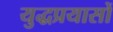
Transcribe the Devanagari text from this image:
युद्धप्रयासों